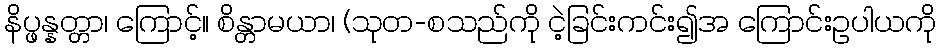
နိပ္ဖန္နတ္တာ၊ ကြောင့်။ စိန္တာမယာ၊ (သုတ-စသည်ကို ငဲ့ခြင်းကင်း၍အ ကြောင်းဥပါယကို